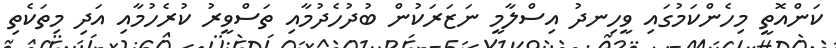
ކަންއޮތީ މިހެންކަމުގައި ވީހިނދު އިސްލާމީ ނަޒަރަކުން ބުދުހެދުމާއި ތަސްވީރު ކުރެހުމާއި އަދި މިތަކެތި